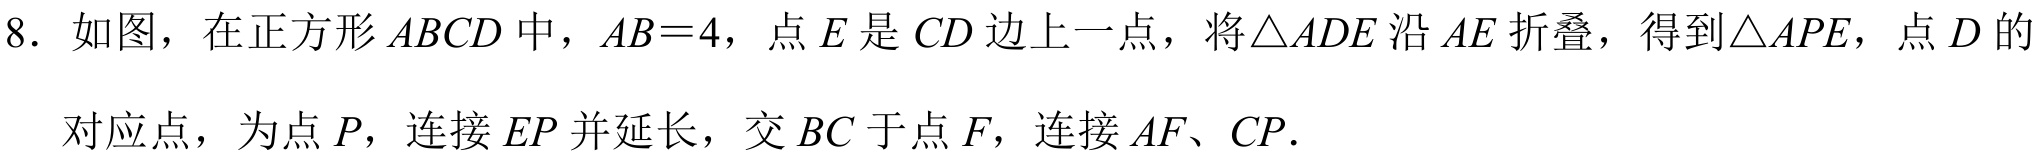
8. 如图，在正方形\(ABCD\)中，\(AB = 4\)，点\(E\)是\(CD\)边上一点，将\(\triangle ADE\)沿\(AE\)折叠，得到\(\triangle APE\)，点\(D\)的
  对应点，为点\(P\)，连接\(EP\)并延长，交\(BC\)于点\(F\)，连接\(AF\)、\(CP\).